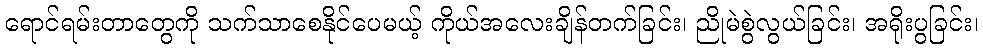
ရောင်ရမ်းတာတွေကို သက်သာစေနိုင်ပေမယ့် ကိုယ်အလေးချိန်တက်ခြင်း၊ ညိုမဲစွဲလွယ်ခြင်း၊ အရိုးပွခြင်း၊